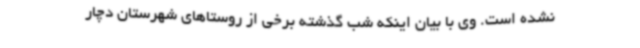
نشده است. وی با بیان اینکه شب گذشته برخی از روستاهای شهرستان دچار